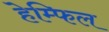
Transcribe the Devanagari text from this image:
हेम्फिल